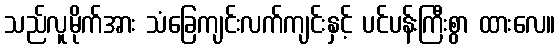
သည်လူမိုက်အား သံခြေကျင်းလက်ကျင်းနှင့် ပင်ပန်းကြီးစွာ ထားလေ။